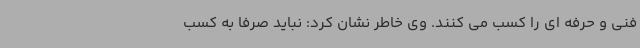
فنی و حرفه ای را کسب می کنند. وی خاطر نشان کرد: نباید صرفا به کسب